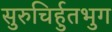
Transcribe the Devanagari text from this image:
सुरुचिर्हुतभुग